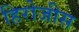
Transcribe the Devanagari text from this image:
हिरोजीस